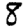
Digit: 8